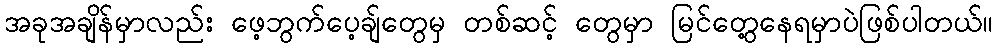
အခုအချိန်မှာလည်း ဖေ့ဘွက်ပေ့ချ်တွေမှ တစ်ဆင့် တွေမှာ မြင်တွေ့နေရမှာပဲဖြစ်ပါတယ်။